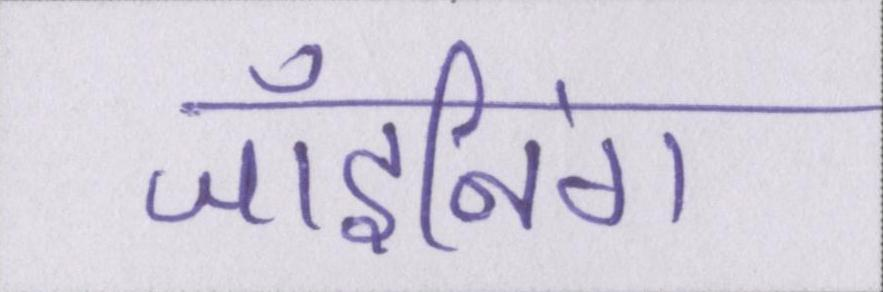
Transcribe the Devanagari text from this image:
जॉइनिंग